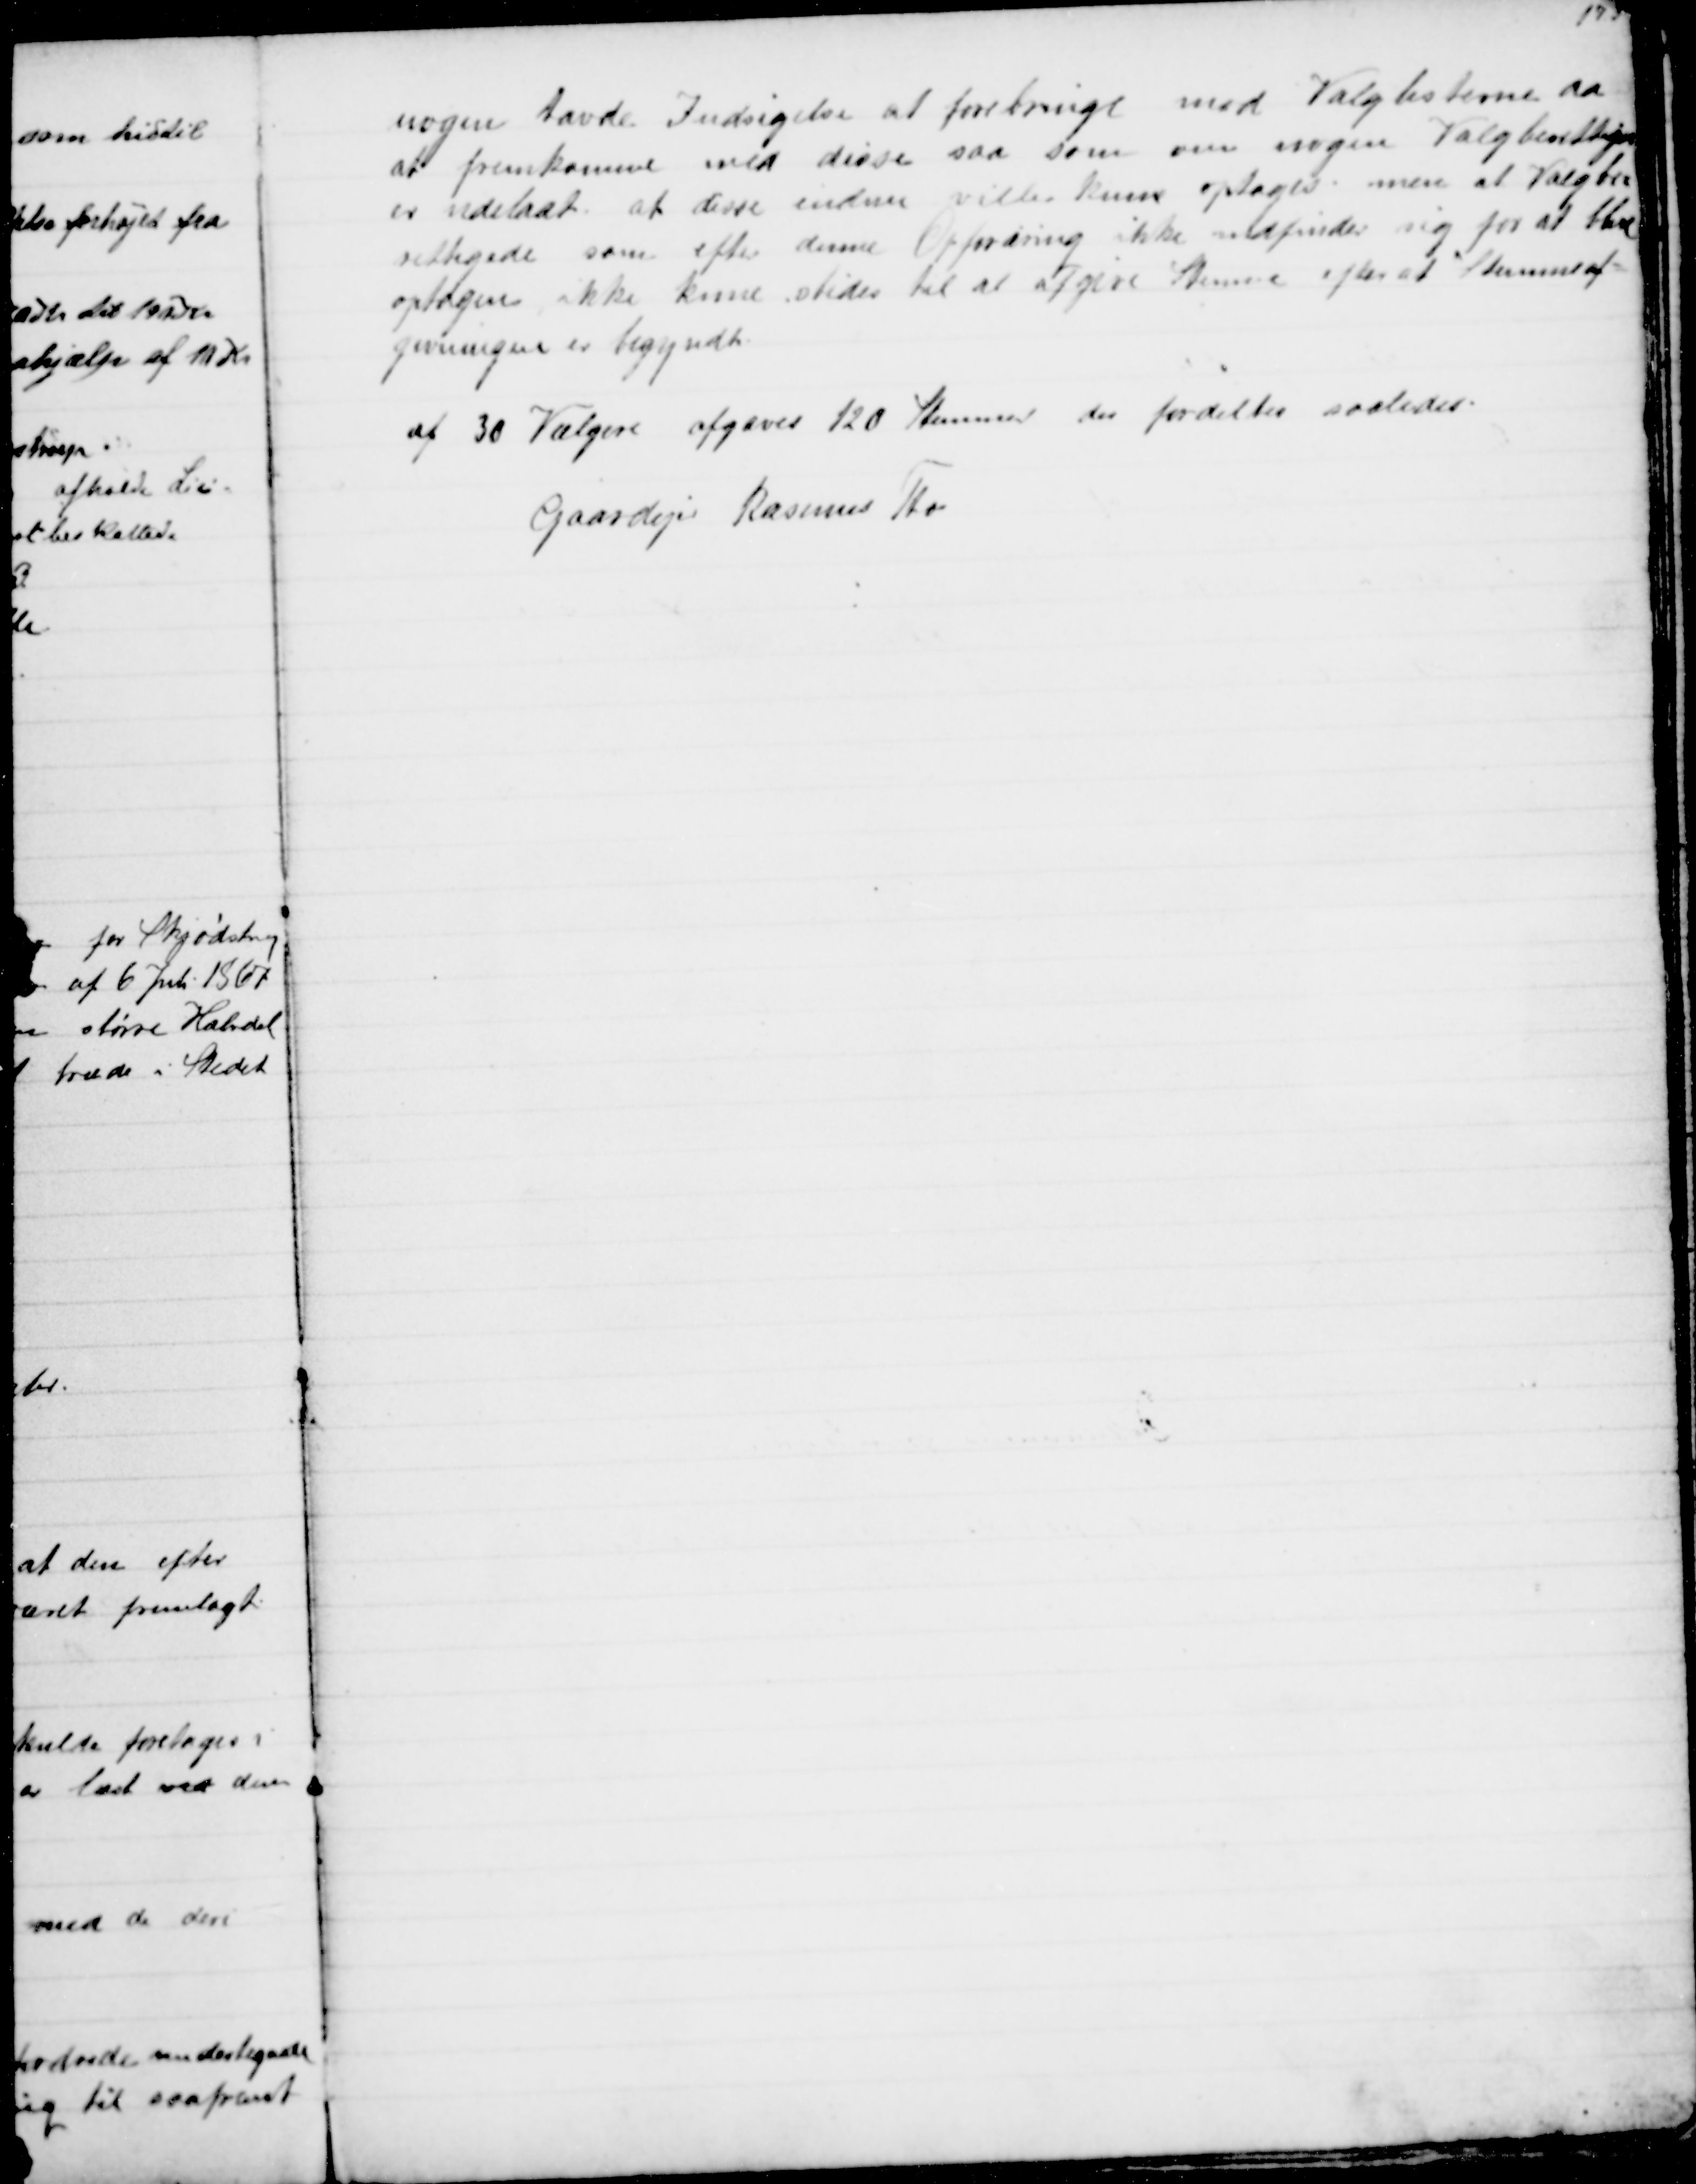
Transskription:
nogen havde Indsigelse at forebringe med Valglisterne da
at fremkomne med disse saa som om nogen Valgberettiget
er udeladt at disse endnu ville kunne optages, men at Valgbe=
rettigede som efter denne Opfordring ikke indfinder sig for at blive
optagen ikke kunne stedes til at afgive Stemme efter at Stemmeaf=
givningen er begyndt
af 30 Vælgere afgaves 120 Stemmer der fordeltes saaledes:
Gaardejer Rasmus Tho